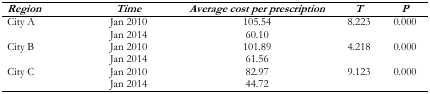
<table><thead><tr><td><b><i>Region</i></b></td><td><b><i>Time</i></b></td><td><b><i>Average cost per prescription</i></b></td><td><b><i>T</i></b></td><td><b><i>P</i></b></td></tr></thead><tbody><tr><td rowspan="2">City A</td><td>Jan 2010</td><td>105.54</td><td>8.223</td><td>0.000</td></tr><tr><td>Jan 2014</td><td>60.10</td><td></td><td></td></tr><tr><td rowspan="2">City B</td><td>Jan 2010</td><td>101.89</td><td>4.218</td><td>0.000</td></tr><tr><td>Jan 2014</td><td>61.56</td><td></td><td></td></tr><tr><td rowspan="2">City C</td><td>Jan 2010</td><td>82.97</td><td>9.123</td><td>0.000</td></tr><tr><td>Jan 2014</td><td>44.72</td><td></td><td></td></tr></tbody></table>